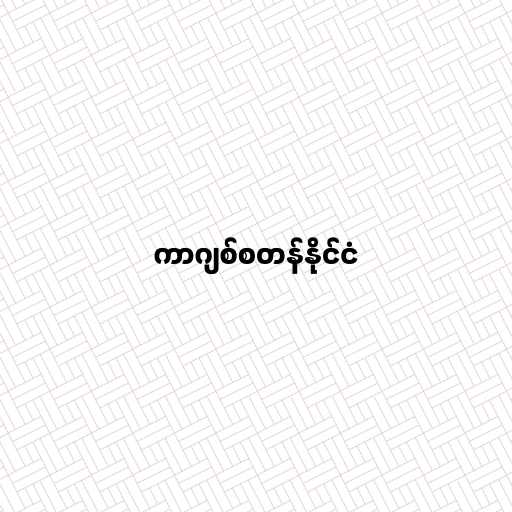
ကာဂျစ်စတန်နိုင်ငံ